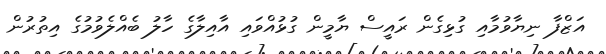
އަޒްފާ ނިޔާވުމާއި ގުޅިގެން ރައީސް ޔާމީން ގުޅުއްވައި އާއިލާގެ ހާލު ބެއްލެވުމުގެ އިތުރުން